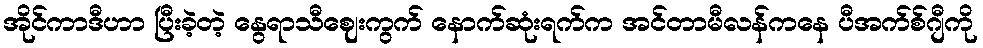
အိုင်ကာဒီဟာ ပြီးခဲ့တဲ့ နွေရာသီဈေးကွက် နောက်ဆုံးရက်က အင်တာမီလန်ကနေ ပီအက်စ်ဂျီကို